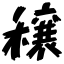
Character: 穣